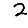
Digit: 2